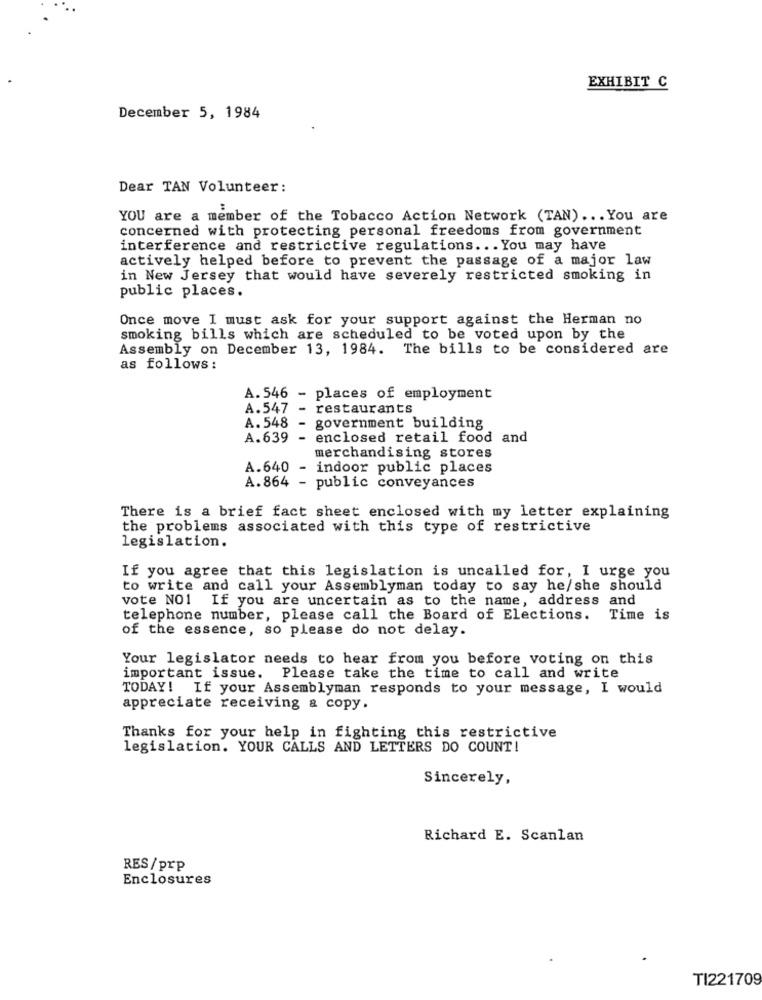
EXHIBIT C
December 5, 1984
Dear TAN Volunteer:
YOU are a member of the Tobacco Action Network (TAN) ... You are
concerned with protecting personal freedoms from government
interference and restrictive regulations ... You may have
actively helped before to prevent the passage of a major law
in New Jersey that would have severely restricted smoking in
public places.
Once move I must ask for your support against the Herman no
smoking bills which are scheduled to be voted upon by the
Assembly on December 13, 1984. The bills to be considered are
as follows :
A. 546 - places of employment
A.547 - restaurants
A.548 - government building
A.639 - enclosed retail food and
merchandising stores
A.640 -
indoor public places
A. 864 - public conveyances
There is a brief fact sheet enclosed with my letter explaining
the problems associated with this type of restrictive
legislation.
If you agree that this legislation is uncalled for, I urge you
to write and call your Assemblyman today to say he/she should
vote NO1 If you are uncertain as to the name, address and
telephone number, please call the Board of Elections.
Time is
of the essence, so please do not delay.
Your legislator needs to hear from you before voting on this
important issue. Please take the time to call and write
TODAY! If your Assemblyman responds to your message, I would
appreciate receiving a copy.
Thanks for your help in fighting this restrictive
legislation. YOUR CALLS AND LETTERS DO COUNT!
Sincerely,
Richard E. Scanlan
RES/prp
Enclosures
TI221709